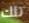
تلك